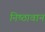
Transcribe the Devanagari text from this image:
निष्‍ठावान